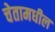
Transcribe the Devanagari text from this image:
चेतामधील